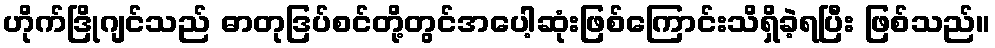
ဟိုက်ဒြိုဂျင်သည် ဓာတုဒြပ်စင်တို့တွင်အပေါ့ဆုံးဖြစ်ကြောင်းသိရှိခဲ့ရပြီး ဖြစ်သည်။